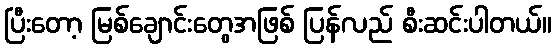
ပြီးတော့ မြစ်ချောင်းတွေအဖြစ် ပြန်လည် စီးဆင်းပါတယ်။